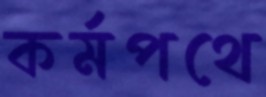
কর্মপথে